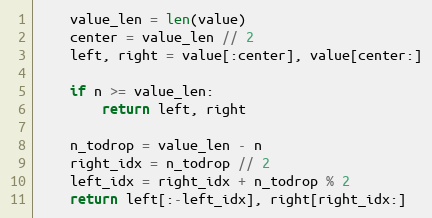
Language: Python
    value_len = len(value)
    center = value_len // 2
    left, right = value[:center], value[center:]

    if n >= value_len:
        return left, right

    n_todrop = value_len - n
    right_idx = n_todrop // 2
    left_idx = right_idx + n_todrop % 2
    return left[:-left_idx], right[right_idx:]